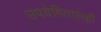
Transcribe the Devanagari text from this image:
उपयेगितालक्षी